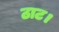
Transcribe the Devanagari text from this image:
ठाट।